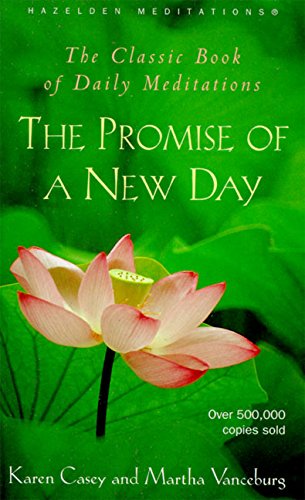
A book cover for The Promise of a New Day: A Book of Daily Meditations (Hazelden Meditations); Karen Casey; Religion & Spirituality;